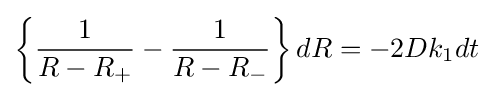
\left\{{\frac {1}{R-R_{+}}}-{\frac {1}{R-R_{-}}}\right\}dR=-2Dk_{1}dt